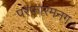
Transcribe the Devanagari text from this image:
परफ़ारमनग